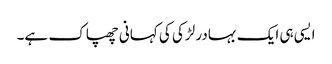
ایسی ہی ایک بہادر لڑکی کی کہانی چھپاک ہے۔